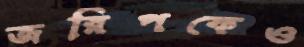
জরিপকেও